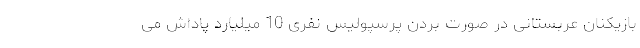
بازیکنان عربستانی در صورت بردن پرسپولیس نفری 10 میلیارد پاداش می‌